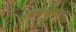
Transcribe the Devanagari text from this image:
लचनशीलता